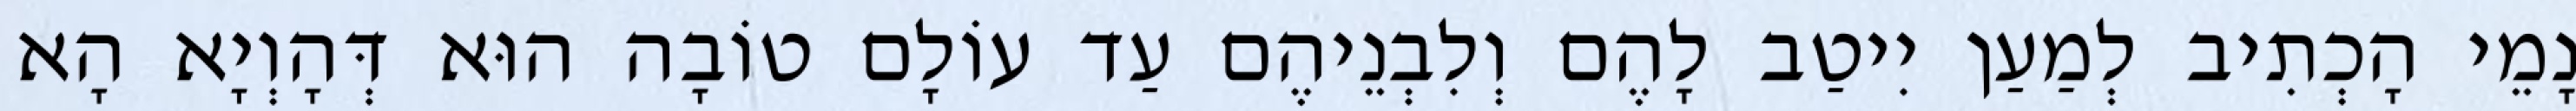
נָמֵי הָכְתִיב לְמַעַן יִיטַב לָהֶם וְלִבְנֵיהֶם עַד עוֹלָם טוֹבָה הוּא דְּהָוְיָא הָא